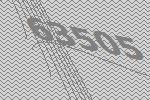
63505